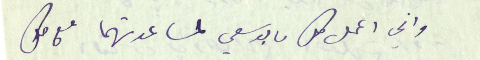
واني اعمل كل ما بوسعي لمساعدتهما مع كل